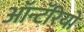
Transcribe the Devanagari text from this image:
ऑन्टॅरियो